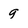
Character: 9